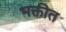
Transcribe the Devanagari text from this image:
भक्तीत